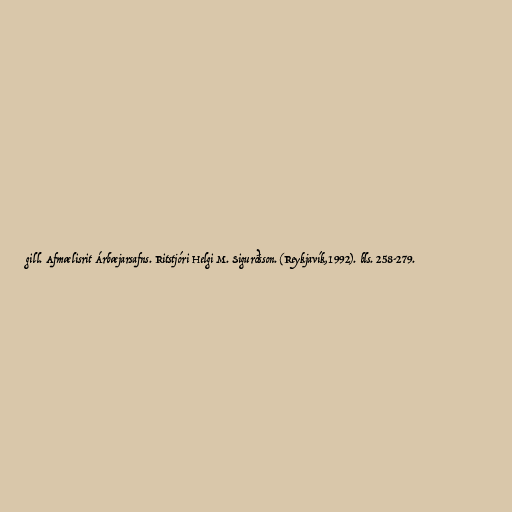
gill. Afmælisrit Árbæjarsafns. Ritstjóri Helgi M. Sigurðsson. (Reykjavík,1992). bls. 258-279.